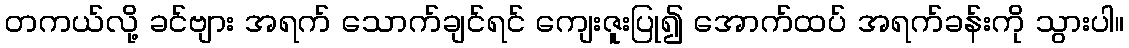
တကယ်လို့ ခင်ဗျား အရက် သောက်ချင်ရင် ကျေးဇူးပြု၍ အောက်ထပ် အရက်ခန်းကို သွားပါ။